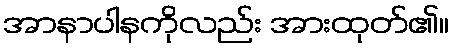
အာနာပါနကိုလည်း အားထုတ်၏။